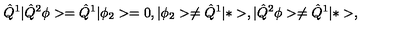
\hat { Q } ^ { 1 } | \hat { Q } ^ { 2 } \phi > = \hat { Q } ^ { 1 } | \phi _ { 2 } > = 0 , | \phi _ { 2 } > \neq \hat { Q } ^ { 1 } | * > , | \hat { Q } ^ { 2 } \phi > \neq \hat { Q } ^ { 1 } | * > ,